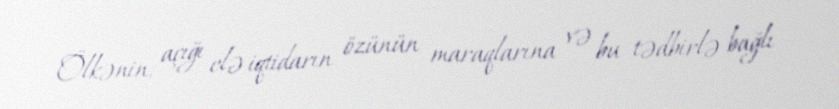
Ölkənin, açığı elə iqtidarın özünün maraqlarına və bu tədbirlə bağlı